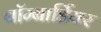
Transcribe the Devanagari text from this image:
बॉम्बार्डियर